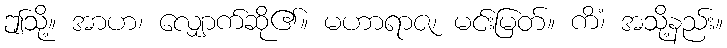
ဤသို့။ အာဟ၊ လျှောက်ဆို၏။ မဟာရာဇ၊ မင်းမြတ်။ ကိံ၊ အသို့နည်း။